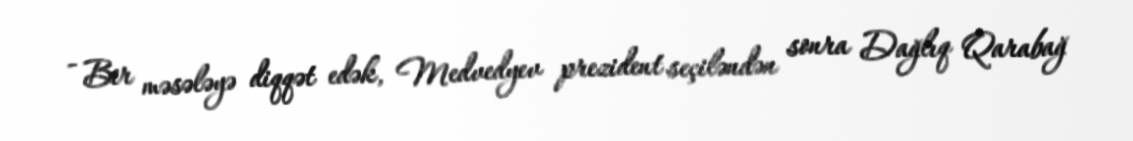
- Bir məsələyə diqqət edək, Medvedyev prezident seçiləndən sonra Dağlıq Qarabağ